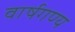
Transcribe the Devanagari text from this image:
वार्षगण्य